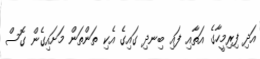
އަދި ފިރިމީހާގެ އަތާއި ފައި ބިނދި ގައިގެ އެކި ތަންތަން މަށައިގެން ގޮސް